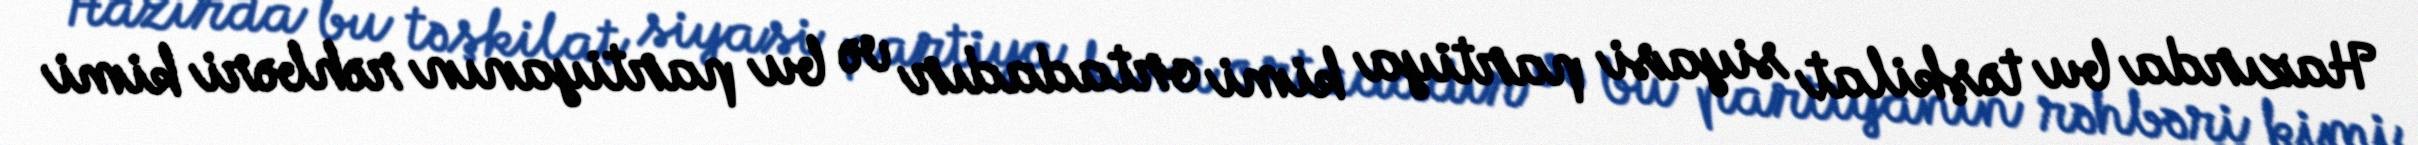
Hazırda bu təşkilat siyasi partiya kimi ortadadır və bu partiyanın rəhbəri kimi